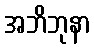
အဘိဘုနာ